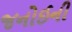
જનોઈની